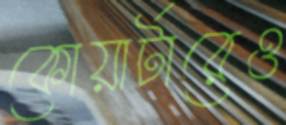
কোয়ার্টারেও